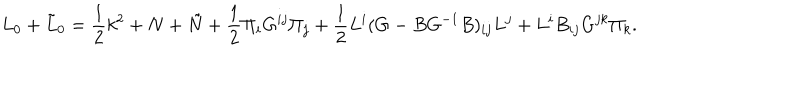
L _ { 0 } + \tilde { L } _ { 0 } = \frac { 1 } { 2 } k ^ { 2 } + N + \tilde { N } + \frac { 1 } { 2 } \Pi _ { i } G ^ { i j } \Pi _ { j } + \frac { 1 } { 2 } L ^ { i } ( G - B G ^ { - 1 } B ) _ { i j } L ^ { j } + L ^ { i } B _ { i j } G ^ { j k } \Pi _ { k } .